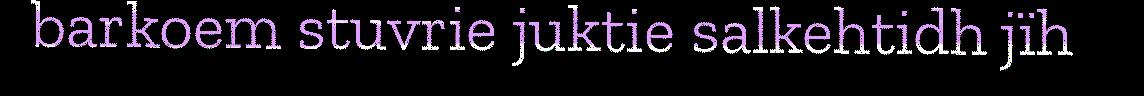
barkoem stuvrie juktie salkehtidh jïh